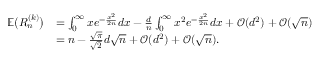
\begin{array} { r l } { \mathbb { E } \big ( R _ { n } ^ { ( k ) } \big ) } & { = \int _ { 0 } ^ { \infty } x e ^ { - \frac { x ^ { 2 } } { 2 n } } d x - \frac { d } { n } \int _ { 0 } ^ { \infty } x ^ { 2 } e ^ { - \frac { x ^ { 2 } } { 2 n } } d x + \mathcal { O } ( d ^ { 2 } ) + \mathcal { O } ( \sqrt { n } ) } \\ & { = n - \frac { \sqrt { \pi } } { \sqrt { 2 } } d \sqrt { n } + \mathcal { O } ( d ^ { 2 } ) + \mathcal { O } ( \sqrt { n } ) . } \end{array}